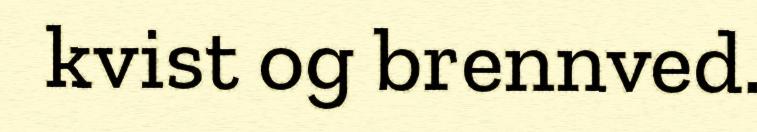
kvist og brennved.